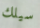
سيلك